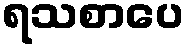
ရသစာပေ